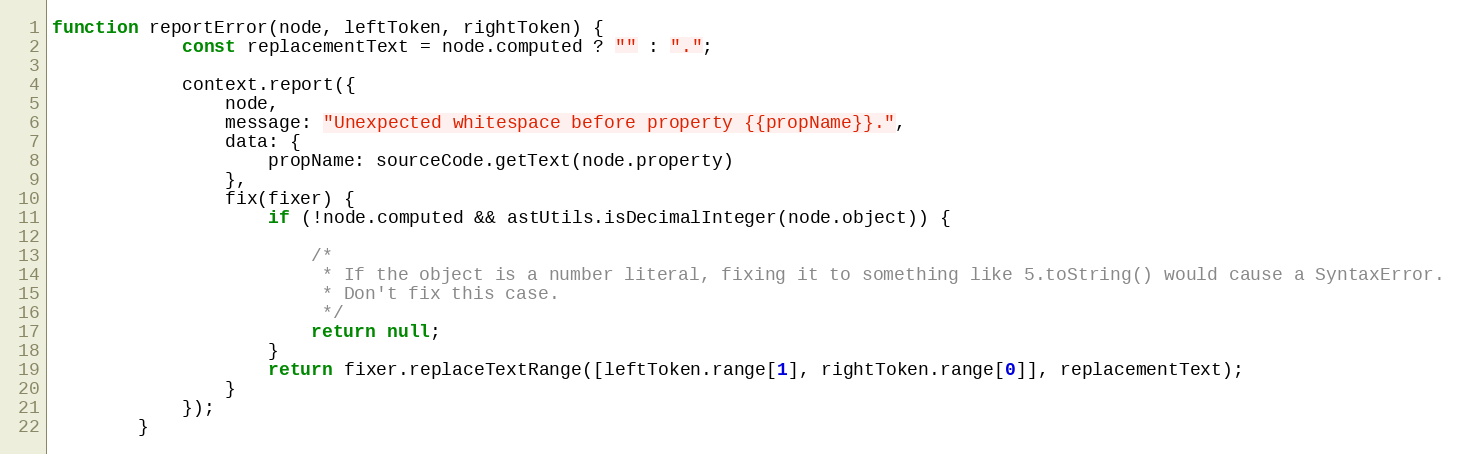
Language: JavaScript
function reportError(node, leftToken, rightToken) {
            const replacementText = node.computed ? "" : ".";

            context.report({
                node,
                message: "Unexpected whitespace before property {{propName}}.",
                data: {
                    propName: sourceCode.getText(node.property)
                },
                fix(fixer) {
                    if (!node.computed && astUtils.isDecimalInteger(node.object)) {

                        /*
                         * If the object is a number literal, fixing it to something like 5.toString() would cause a SyntaxError.
                         * Don't fix this case.
                         */
                        return null;
                    }
                    return fixer.replaceTextRange([leftToken.range[1], rightToken.range[0]], replacementText);
                }
            });
        }